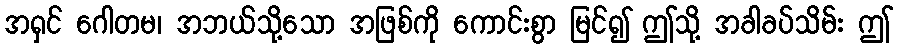
အရှင် ဂေါတမ၊ အဘယ်သို့သော အဖြစ်ကို ကောင်းစွာ မြင်၍ ဤသို့ အခါခပ်သိမ်း ဤ